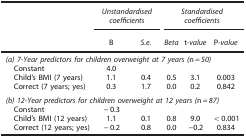
<table><thead><tr><td><b> </b></td><td colspan="2"><b><i>Unstandardised coefficients</i></b></td><td colspan="3"><b><i>Standardised coefficients</i></b></td></tr><tr><td><b> </b></td><td><b>B</b></td><td><b><i>S.e.</i></b></td><td><b><i>Beta</i></b></td><td><b>t<i>-value</i></b></td><td><b>P<i>-value</i></b></td></tr></thead><tbody><tr><td colspan="6"><i>(a) 7-Year predictors for children overweight at 7 years</i><i>(</i>n=<i>50)</i></td></tr><tr><td> Constant</td><td>4.0</td><td> </td><td> </td><td> </td><td> </td></tr><tr><td> Child&#x27;s BMI (7 years)</td><td>1.1</td><td>0.4</td><td>0.5</td><td>3.1</td><td>0.003</td></tr><tr><td> Correct (7 years; yes)</td><td>0.3</td><td>1.7</td><td>0.0</td><td>0.2</td><td>0.842</td></tr><tr><td> </td><td> </td><td> </td><td> </td><td> </td><td> </td></tr><tr><td colspan="6"><i>(b) 12-Year predictors for children overweight at 12 years</i><i>(</i>n=<i>87)</i></td></tr><tr><td> Constant</td><td>−0.3</td><td> </td><td> </td><td> </td><td> </td></tr><tr><td> Child&#x27;s BMI (12 years)</td><td>1.1</td><td>0.1</td><td>0.8</td><td>9.0</td><td>&lt;0.001</td></tr><tr><td> Correct (12 years; yes)</td><td>−0.2</td><td>0.8</td><td>0.0</td><td>−0.2</td><td>0.834</td></tr></tbody></table>